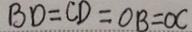
B D = C D = O B = O C